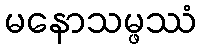
မနောသမ္ဖဿံ